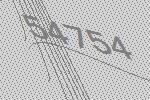
54754